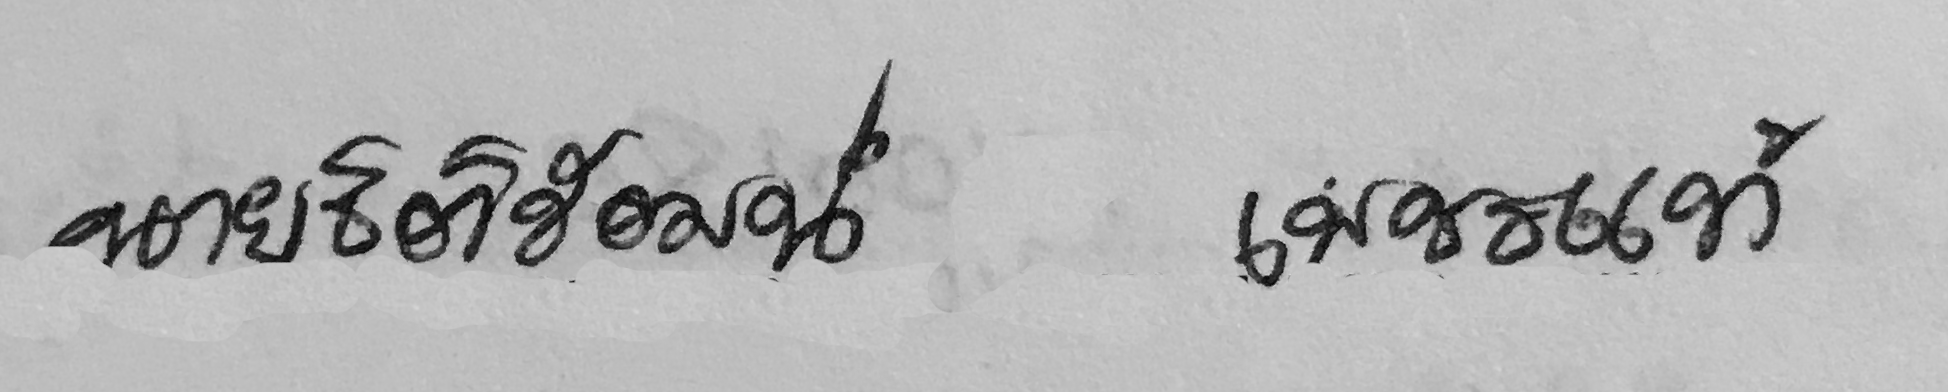
นายธิติรัตน์ เพชรแท้